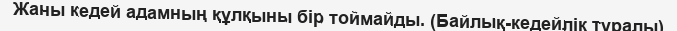
Жаны кедей адамның құлқыны бір тоймайды. (Байлық-кедейлік туралы)